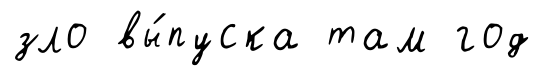
зло вы́пуска там год